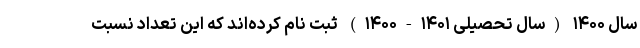
سال ۱۴۰۰ (سال تحصیلی ۱۴۰۱-۱۴۰۰) ثبت نام کرده‌اند که این تعداد نسبت